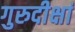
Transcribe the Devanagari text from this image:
गुरुदीक्षां